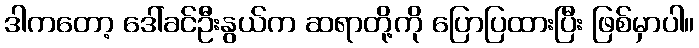
ဒါကတော့ ဒေါ်ခင်ဦးနွယ်က ဆရာတို့ကို ပြောပြထားပြီး ဖြစ်မှာပါ။